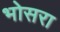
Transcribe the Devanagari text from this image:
भोसरा